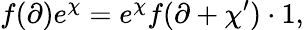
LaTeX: f(\partial)e^{\chi}=e^{\chi}f(\partial+\chi^{\prime})\cdot 1,